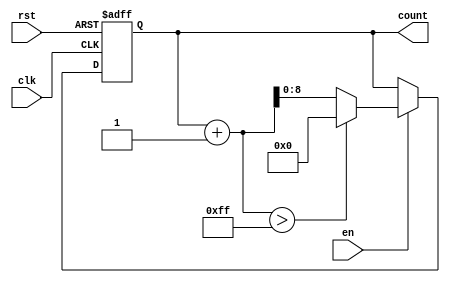
module incremental_counter #(
    parameter INIT_VAL = 0,          // Initial value of the counter
    parameter MAX_VAL = 255,         // Maximum value of the counter
    parameter INC_VAL = 1            // Increment value
)(
    input wire clk,                  // Clock signal
    input wire rst,                  // Asynchronous reset signal
    input wire en,                   // Enable signal
    output reg [$clog2(MAX_VAL):0] count // Count output
);

    // Always block triggered on the rising edge of the clock
    always @(posedge clk or posedge rst) begin
        if (rst) begin
            // Reset the counter to the initial value
            count <= INIT_VAL;
        end else if (en) begin
            // Increment the counter
            if (count + INC_VAL > MAX_VAL) begin
                count <= INIT_VAL; // Wrap around to initial value
            end else begin
                count <= count + INC_VAL; // Increment the counter
            end
        end
    end

endmodule